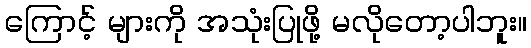
ကြောင့် များကို အသုံးပြုဖို့ မလိုတော့ပါဘူး။